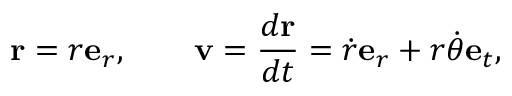
\mathbf { r } = r \mathbf { e } _ { r } , \qquad \mathbf { v } = { \frac { d \mathbf { r } } { d t } } = { \dot { r } } \mathbf { e } _ { r } + r { \dot { \theta } } \mathbf { e } _ { t } ,